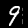
Digit: 9